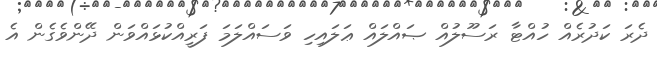
ދެރަ ކަދުރެއް ހުއްޓާ ރަސޫލުއް ޞައްލައް ޢަލައިހި ވަސައްލަމަ ފަރީއްކުޅައްވަން ދޭންވެގެން އެ